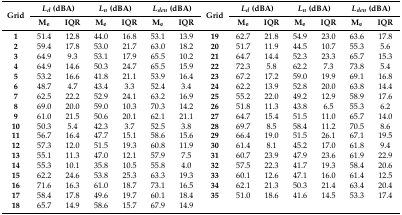
<table><thead><tr><td rowspan="2"><b>Grid</b></td><td colspan="2"><b><i>L<sub>d</sub></i> (dBA)</b></td><td colspan="2"><b><i>L<sub>n</sub></i> (dBA)</b></td><td colspan="2"><b><i>L<sub>den</sub></i> (dBA)</b></td><td rowspan="2"><b>Grid</b></td><td colspan="2"><b><i>L<sub>d</sub></i> (dBA)</b></td><td colspan="2"><b><i>L<sub>n</sub></i> (dBA)</b></td><td colspan="2"><b><i>L<sub>den</sub></i> (dBA)</b></td></tr><tr><td><b>M<sub>e</sub></b></td><td><b>IQR</b></td><td><b>M<sub>e</sub></b></td><td><b>IQR</b></td><td><b>M<sub>e</sub></b></td><td><b>IQR</b></td><td><b>M<sub>e</sub></b></td><td><b>IQR</b></td><td><b>M<sub>e</sub></b></td><td><b>IQR</b></td><td><b>M<sub>e</sub></b></td><td><b>IQR</b></td></tr></thead><tbody><tr><td><b>1</b></td><td>51.4</td><td>12.8</td><td>44.0</td><td>16.8</td><td>53.1</td><td>13.9</td><td><b>19</b></td><td>62.7</td><td>21.8</td><td>54.9</td><td>23.0</td><td>63.6</td><td>17.8</td></tr><tr><td><b>2</b></td><td>59.4</td><td>17.8</td><td>53.0</td><td>21.7</td><td>63.0</td><td>18.2</td><td><b>20</b></td><td>51.7</td><td>11.9</td><td>44.5</td><td>10.7</td><td>55.3</td><td>5.6</td></tr><tr><td><b>3</b></td><td>64.9</td><td>9.3</td><td>53.1</td><td>17.9</td><td>65.5</td><td>10.2</td><td><b>21</b></td><td>64.7</td><td>14.4</td><td>52.3</td><td>23.3</td><td>65.7</td><td>15.3</td></tr><tr><td><b>4</b></td><td>64.9</td><td>14.6</td><td>50.3</td><td>24.7</td><td>65.5</td><td>15.9</td><td><b>22</b></td><td>72.3</td><td>5.8</td><td>62.2</td><td>7.3</td><td>73.8</td><td>5.4</td></tr><tr><td><b>5</b></td><td>53.2</td><td>16.6</td><td>41.8</td><td>21.1</td><td>53.9</td><td>16.4</td><td><b>23</b></td><td>67.2</td><td>17.2</td><td>59.0</td><td>19.9</td><td>69.1</td><td>16.8</td></tr><tr><td><b>6</b></td><td>48.7</td><td>4.7</td><td>43.4</td><td>3.3</td><td>52.4</td><td>3.4</td><td><b>24</b></td><td>62.2</td><td>13.9</td><td>52.8</td><td>20.0</td><td>63.8</td><td>14.4</td></tr><tr><td><b>7</b></td><td>62.5</td><td>22.2</td><td>52.9</td><td>24.1</td><td>63.2</td><td>16.9</td><td><b>25</b></td><td>55.2</td><td>22.0</td><td>49.2</td><td>12.9</td><td>58.9</td><td>17.6</td></tr><tr><td><b>8</b></td><td>69.0</td><td>20.0</td><td>59.0</td><td>10.3</td><td>70.3</td><td>14.2</td><td><b>26</b></td><td>51.8</td><td>11.3</td><td>43.8</td><td>6.5</td><td>55.3</td><td>6.2</td></tr><tr><td><b>9</b></td><td>61.0</td><td>21.5</td><td>50.6</td><td>20.1</td><td>62.1</td><td>21.1</td><td><b>27</b></td><td>64.7</td><td>15.4</td><td>51.5</td><td>11.0</td><td>65.7</td><td>14.0</td></tr><tr><td><b>10</b></td><td>50.3</td><td>5.4</td><td>42.3</td><td>3.7</td><td>52.5</td><td>3.8</td><td><b>28</b></td><td>69.7</td><td>8.5</td><td>58.4</td><td>11.2</td><td>70.5</td><td>8.6</td></tr><tr><td><b>11</b></td><td>56.7</td><td>16.4</td><td>47.7</td><td>15.1</td><td>58.6</td><td>15.6</td><td><b>29</b></td><td>66.4</td><td>19.0</td><td>51.5</td><td>26.1</td><td>67.1</td><td>19.5</td></tr><tr><td><b>12</b></td><td>57.3</td><td>12.0</td><td>51.5</td><td>19.3</td><td>60.8</td><td>11.9</td><td><b>30</b></td><td>61.4</td><td>8.1</td><td>45.2</td><td>17.0</td><td>61.8</td><td>9.4</td></tr><tr><td><b>13</b></td><td>55.1</td><td>11.3</td><td>47.0</td><td>12.1</td><td>57.9</td><td>7.5</td><td><b>31</b></td><td>60.7</td><td>23.9</td><td>47.9</td><td>23.6</td><td>61.9</td><td>22.9</td></tr><tr><td><b>14</b></td><td>55.3</td><td>10.1</td><td>35.8</td><td>10.5</td><td>55.8</td><td>4.0</td><td><b>32</b></td><td>57.5</td><td>22.3</td><td>41.7</td><td>19.3</td><td>58.4</td><td>20.6</td></tr><tr><td><b>15</b></td><td>62.2</td><td>24.6</td><td>53.8</td><td>25.3</td><td>63.3</td><td>19.3</td><td><b>33</b></td><td>60.1</td><td>12.6</td><td>47.1</td><td>16.0</td><td>61.4</td><td>12.5</td></tr><tr><td><b>16</b></td><td>71.6</td><td>16.3</td><td>61.0</td><td>18.7</td><td>73.1</td><td>16.5</td><td><b>34</b></td><td>62.1</td><td>21.3</td><td>50.3</td><td>21.4</td><td>63.4</td><td>20.4</td></tr><tr><td><b>17</b></td><td>58.4</td><td>17.8</td><td>49.6</td><td>19.7</td><td>60.1</td><td>18.4</td><td><b>35</b></td><td>51.0</td><td>18.6</td><td>41.6</td><td>14.5</td><td>53.3</td><td>17.4</td></tr><tr><td><b>18</b></td><td>65.7</td><td>14.9</td><td>58.6</td><td>15.7</td><td>67.9</td><td>14.9</td><td></td><td></td><td></td><td></td><td></td><td></td><td></td></tr></tbody></table>